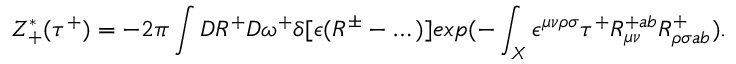
Z _ { + } ^ { * } ( \tau ^ { + } ) = - 2 \pi \int { \cal D } R ^ { + } { \cal D } \omega ^ { + } \delta [ \epsilon ( R ^ { \pm } - \dots ) ] e x p ( - \int _ { X } \epsilon ^ { \mu \nu \rho \sigma } \tau ^ { + } R _ { \mu \nu } ^ { + a b } R _ { \rho \sigma a b } ^ { + } ) .